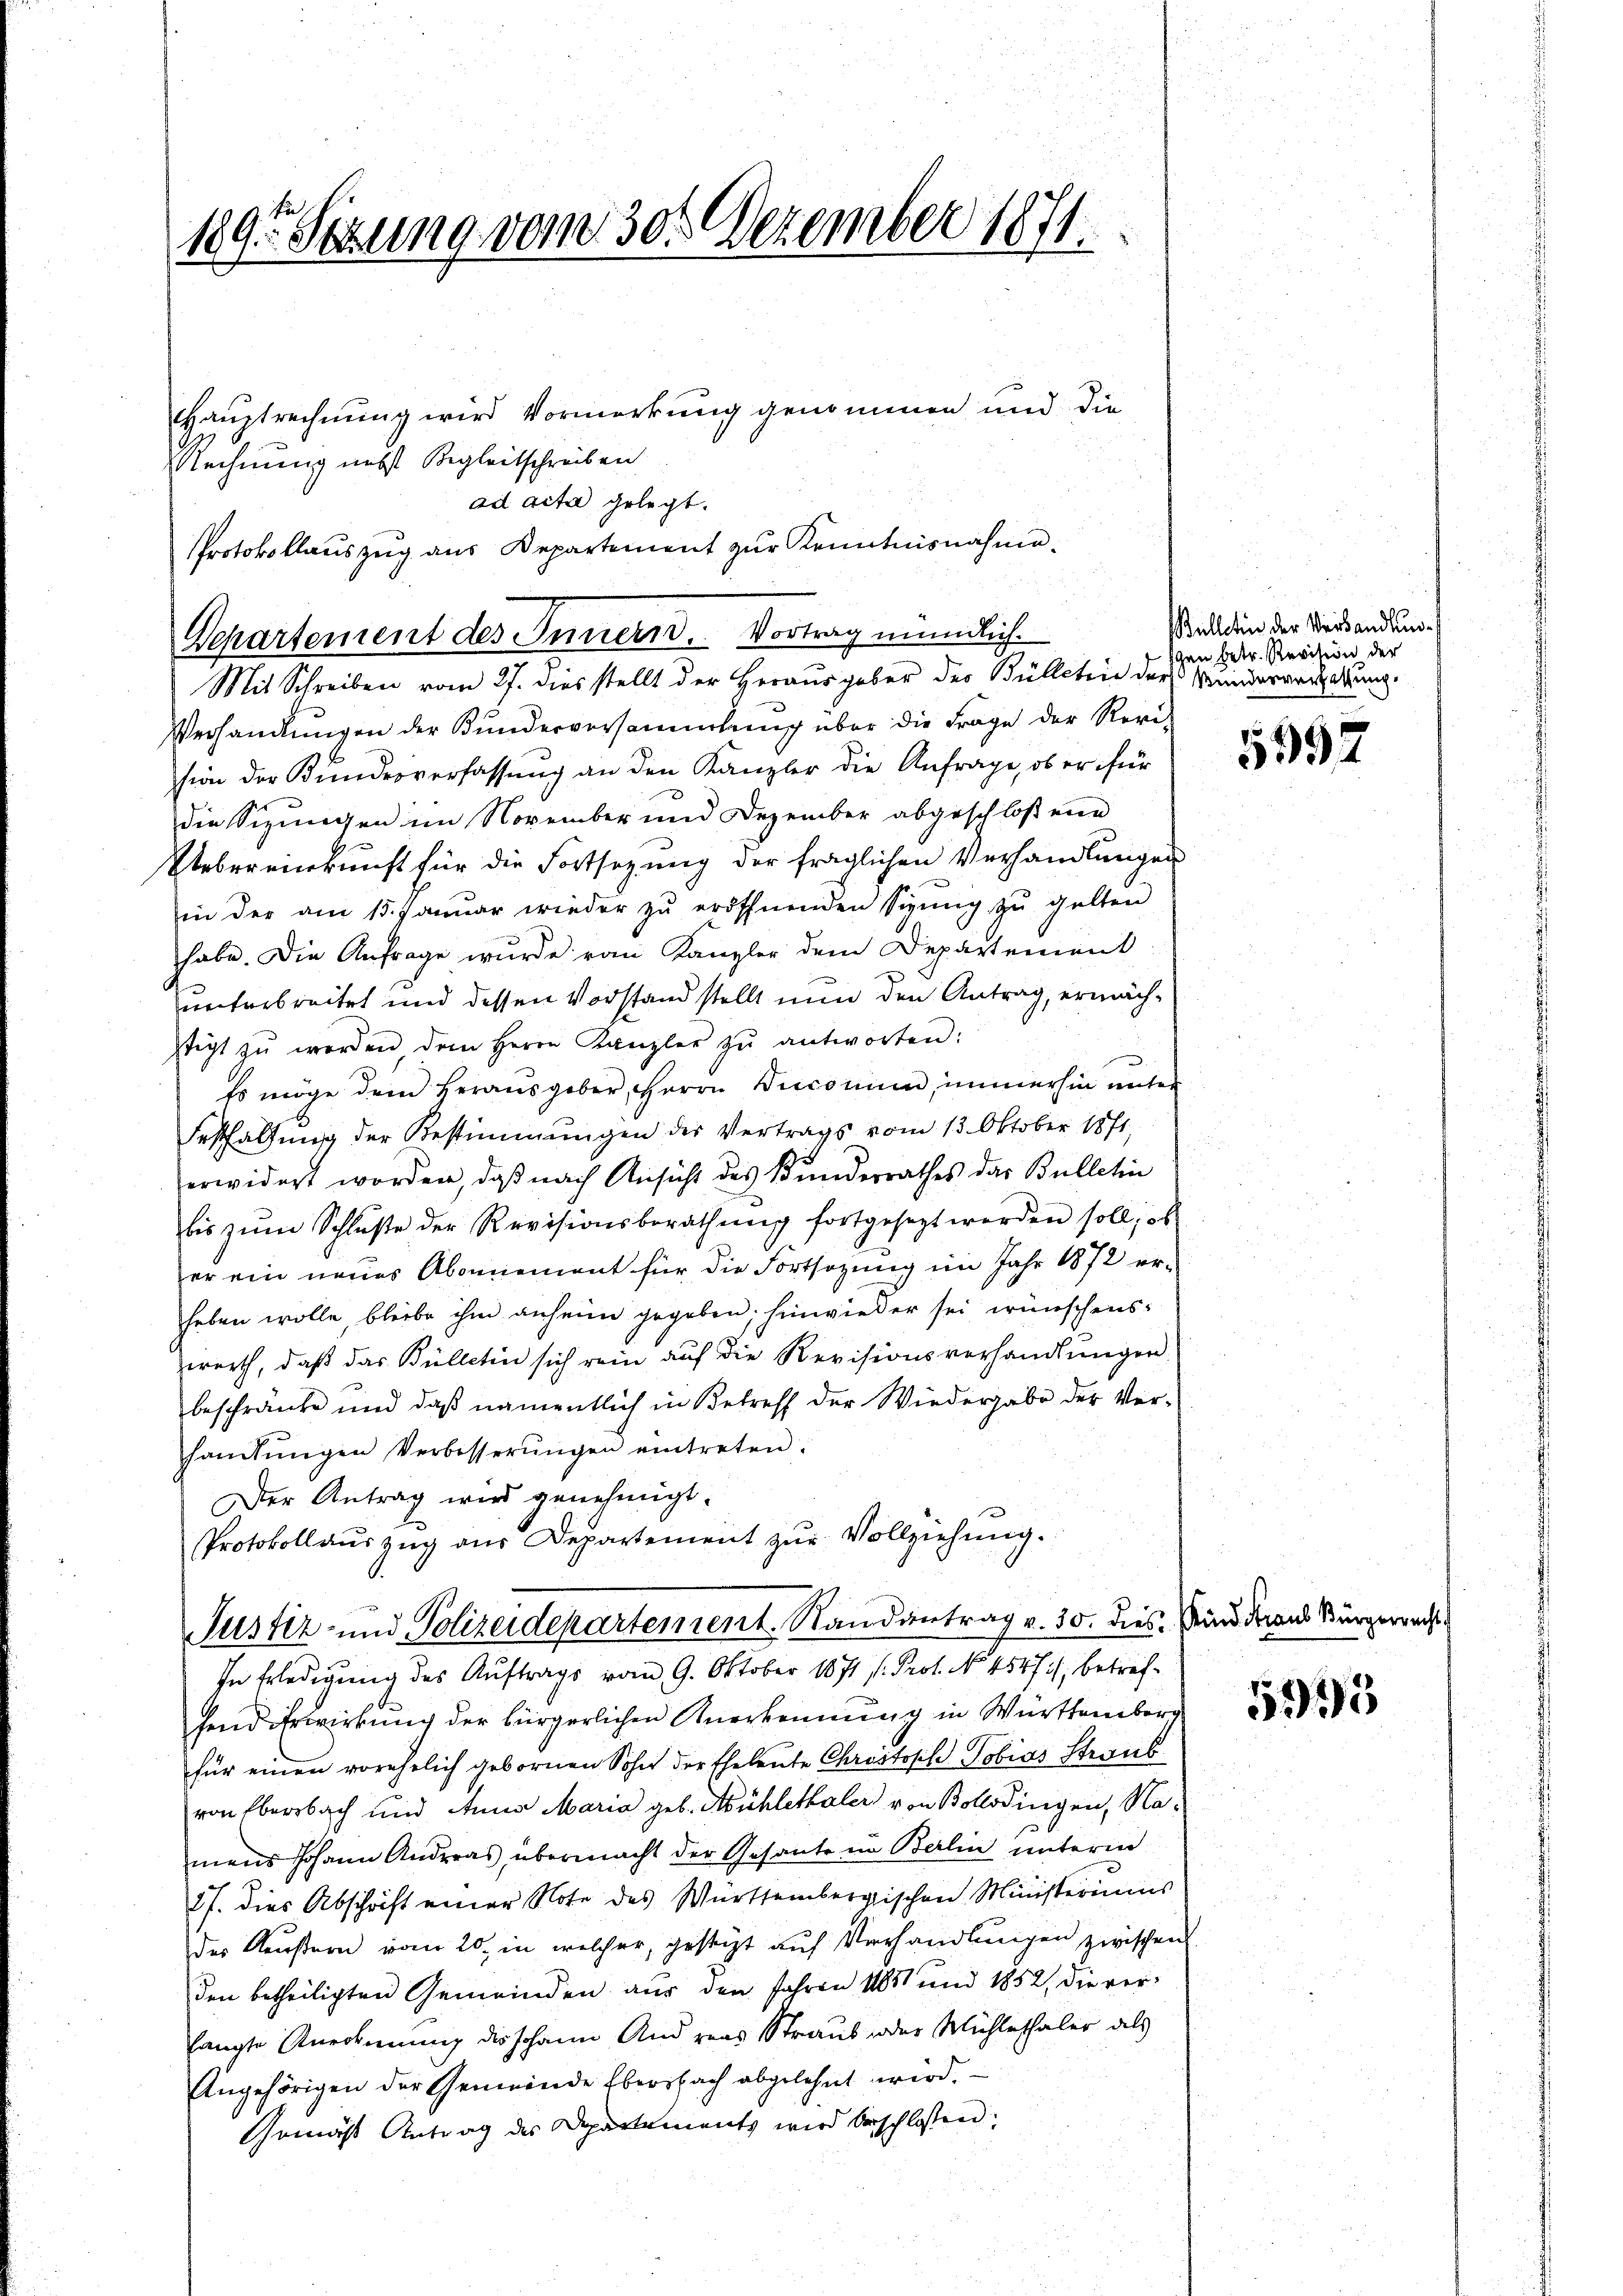
189. Sizung vom 30. Dezember 1871.

Hauptrechnung wird Vormerkung genommen und die
Rechnung nebst Begleitschreiben
ad acta gelegt.
Protokollauszug aus Departement zur Kenntnisnahme.

Mit Schreiben vom 27. dies stellt der Herausgaber des Bülletin der Minderversatzung,
Verhandlungen der Bunderversammlung über die Frage der Revi-
sion der Kundesverfassung an den Kanzler die Anfrage, ob er für
die Sizungen im November und Dezember abgeschloßene
Uebereinkunft für die Fortsezung der fraglichen Verhandlungen
in der am 15. Januar wieder zŭ eröffnenden Sizŭng zŭ gelten
habe. Die Anfrage wurde von Kanzler dem Departement
unterbreitet und dessen Vorstand stellt nun den Antrag, ermäch¬
Stigt zŭ werden dem Herrn Kanzler zŭ antworten:
Es möge dem Herausgeber, Herrn Vicconium, immerhin unter
Festhaltung der Bestimmungen der Vertrags vom 13. Oktober 1871,
erwidert worden, daß nach Ansicht des Bundesrathes das Bulletin
bis zŭm Schlüße der Revisionsberathŭng fortgesezt werden soll, ob
er ein neues Abonnement für die Fortsezung im Jahr 1872 er-
heben wolle, bleibe ihm anheime gegeben, hinwieder sei wünschenswerth, daß das Bülletin sich rein auf die Revisionsverhandlŭngen
beschränke und daß namentlich in Betreff der Wiedergabe der Verhandlŭngen Verbesserŭngen eintreten.
Der Antrag wird genehmigt.
Protokollaŭszŭg aŭs Departement zŭr Vollziehung.

Departement des Innern. Vortrag mündlich.

Justiz- und Polizeidepartement. Randantrag v. 30. dies sind daraus Bürgerrecht
In Erledigung des Auftrags vom 9. Oktober 1871 f. Prof. No. 4547/, betref¬

hend Erwirkung der bürgerlichen Anerkennung in Württemberg
für einen vorehelich gebornen Sohn der Eheleute Christoph Tobias Straub
von Ebersbach und Anna Maria geb. Mühlethaler von Bollodingen, Namans Johann Andreas, übermacht der Gesante in Berlin unterm
27. dies Abschrift einer Note des Württembergischen Ministeriums
der Keustern vom 20. in welcher, gesteht auf Verhandlungen zwischen
den betheiligten Gemeinden aus den Jahren 1851 und 1852, die verhängte Anerkennung des Johann Andreas Straus oder Mühlethaler als
Angehörigen der Gemeinde Ebersbach abgelehnt wird.
Gemäss Antrag des Departements wird beschlossen:

Bulletin der Verbandlung
gen betr. Revision der

5992

5995